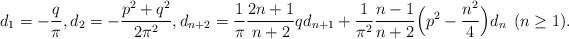
LaTeX: \begin{align*} d_1 = - {q \over \pi}, d_2 = - {p^2 + q^2 \over 2 \pi^2} , d_{n+2} = {1 \over \pi} {2n + 1 \over n + 2} q d_{n+1} + {1 \over \pi^2} {n - 1 \over n + 2} \Big ( p^2 - {n^2 \over 4} \Big ) d_n \: \: (n \ge 1). \end{align*}